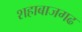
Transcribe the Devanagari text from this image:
शहाबाजगढ